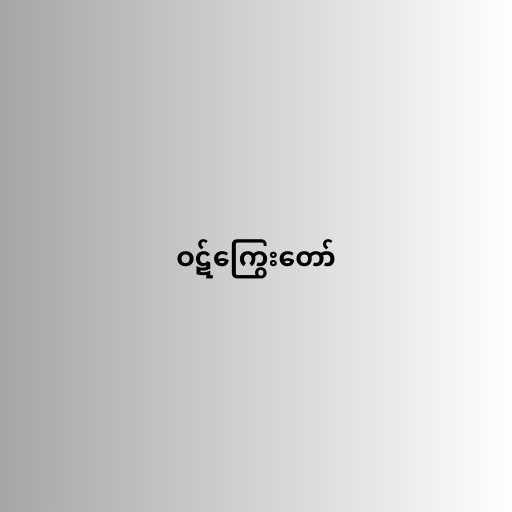
ဝဋ်ကြွေးတော်